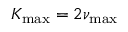
K _ { \operatorname* { m a x } } = 2 \nu _ { \operatorname* { m a x } }